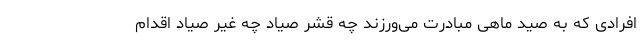
افرادی که به صید ماهی مبادرت می‌ورزند چه قشر صیاد چه غیر صیاد اقدام